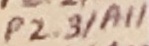
Text: P2.3/A11